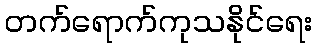
တက်ရောက်ကုသနိုင်ရေး